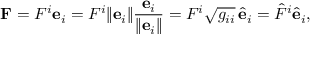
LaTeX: \mathbf { F } = F ^ { i } \mathbf { e } _ { i } = F ^ { i } { \lVert { \mathbf { e } _ { i } } \rVert } { \frac { \mathbf { e } _ { i } } { \lVert { \mathbf { e } _ { i } } \rVert } } = F ^ { i } { \sqrt { g _ { i i } } } \, { \hat { \mathbf { e } } } _ { i } = { \hat { F } } ^ { i } { \hat { \mathbf { e } } } _ { i } ,